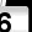
Digit: 6